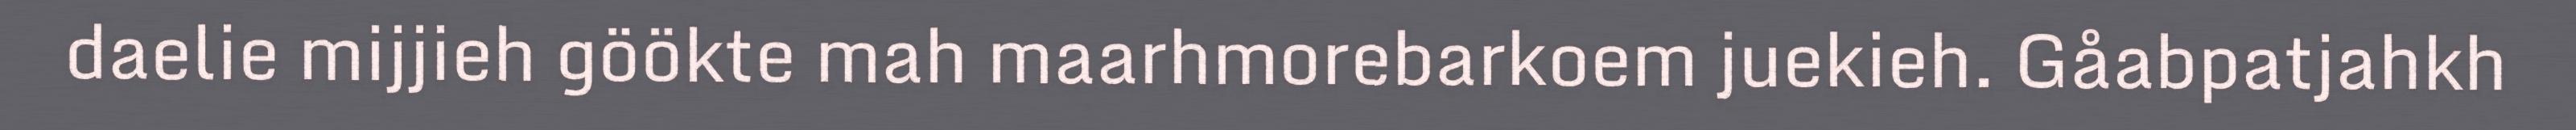
daelie mijjieh göökte mah maarhmorebarkoem juekieh. Gåabpatjahkh